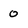
Character: 0